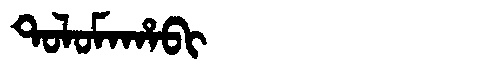
Manchu: ᡨᠣᠯᠣᠮᠠᡥᠠᠪᡳ
Romanization: TOLOMAHABI